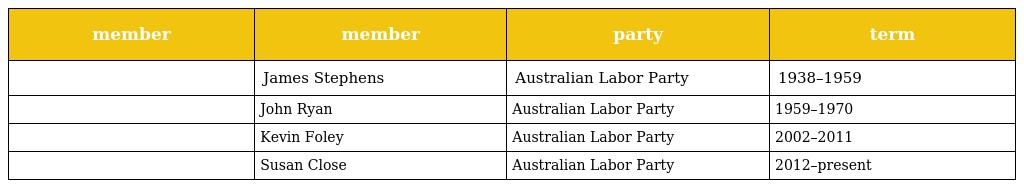
| member | member | party | term |
 | --- | --- | --- | --- |
 |  | James Stephens | Australian Labor Party | 1938–1959 |
 |  | John Ryan | Australian Labor Party | 1959–1970 |
 |  | Kevin Foley | Australian Labor Party | 2002–2011 |
 |  | Susan Close | Australian Labor Party | 2012–present |